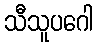
သီသူပဂေါ